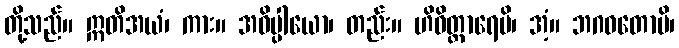
တို့သည်။ ဣတိအယံ၊ ကား။ အဓိပ္ပါယော၊ တည်း။ ဟိဝိတ္တာရေမိ၊ အံ့။ ဘဂဝတောပိ၊